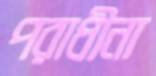
পরাধীনা